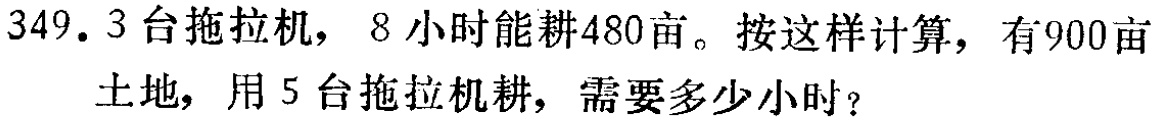
349. 3台拖拉机，8小时能耕480亩。按这样计算，有900亩土地，用5台拖拉机耕，需要多少小时？